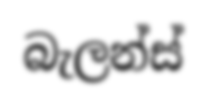
බැලන්ස්